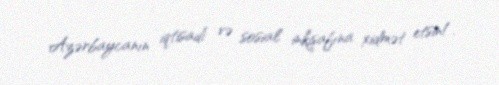
Azərbaycanın iqtisadi və sosial inkişafına xidmət etsin!.